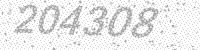
Solution: 204308